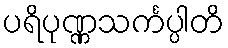
ပရိပုဏ္ဏသင်္ကပ္ပါတိ